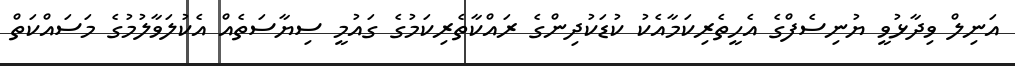
އަނިލް ވިދާޅުވީ ޔުނިސެފްގެ އެހީތެރިކަމާއެކު ކުޑަކުދިންގެ ރައްކާތެރިކަމުގެ ގައުމީ ސިޔާސަތެއް އެކުލަވާލުމުގެ މަސައްކަތް